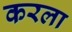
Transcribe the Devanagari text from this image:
करला